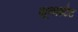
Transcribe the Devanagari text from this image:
यूनाइटेट